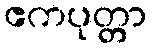
ဧကပုတ္တာ